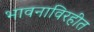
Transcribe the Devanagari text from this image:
भावनाविरहीत